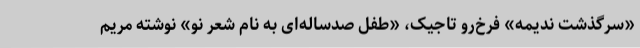
«سرگذشت ندیمه» فرخ‌رو تاجیک، «طفل صدساله‌ای به نام شعر نو» نوشته مریم